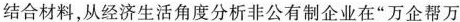
结合材料，从经济生活角度分析非公有制企业在”万企帮万